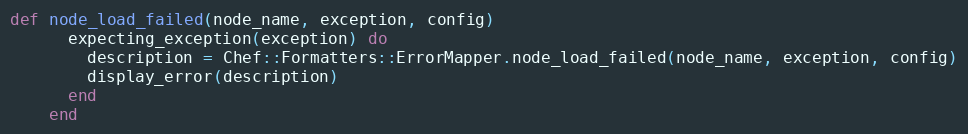
Language: Ruby
def node_load_failed(node_name, exception, config)
      expecting_exception(exception) do
        description = Chef::Formatters::ErrorMapper.node_load_failed(node_name, exception, config)
        display_error(description)
      end
    end